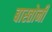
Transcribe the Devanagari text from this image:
बास्तोनी